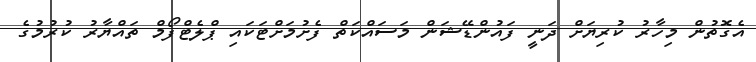
އެގޮތުން މިހާރު ކުރިޔަށް ދަނީ ފައުންޑޭޝަން މަސައްކަތް ފެށުމަށްޓަކައި ޕްލެޓްފޯމް ތައްޔާރު ކުރުމުގެ